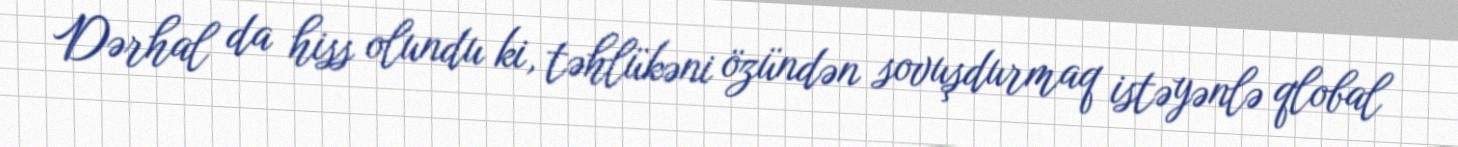
Dərhal da hiss olundu ki, təhlükəni özündən sovuşdurmaq istəyənlə qlobal